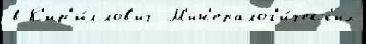
в К'ир'и́ллов'ич  М'ин'ералог'и́ческ'их